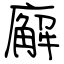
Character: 廨